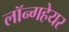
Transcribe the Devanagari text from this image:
लॉन्गहेयर